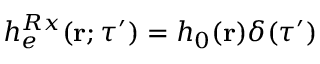
h _ { e } ^ { R x } ( { \bf r } ; \tau ^ { \prime } ) = h _ { 0 } ( { \bf r } ) \delta ( \tau ^ { \prime } )